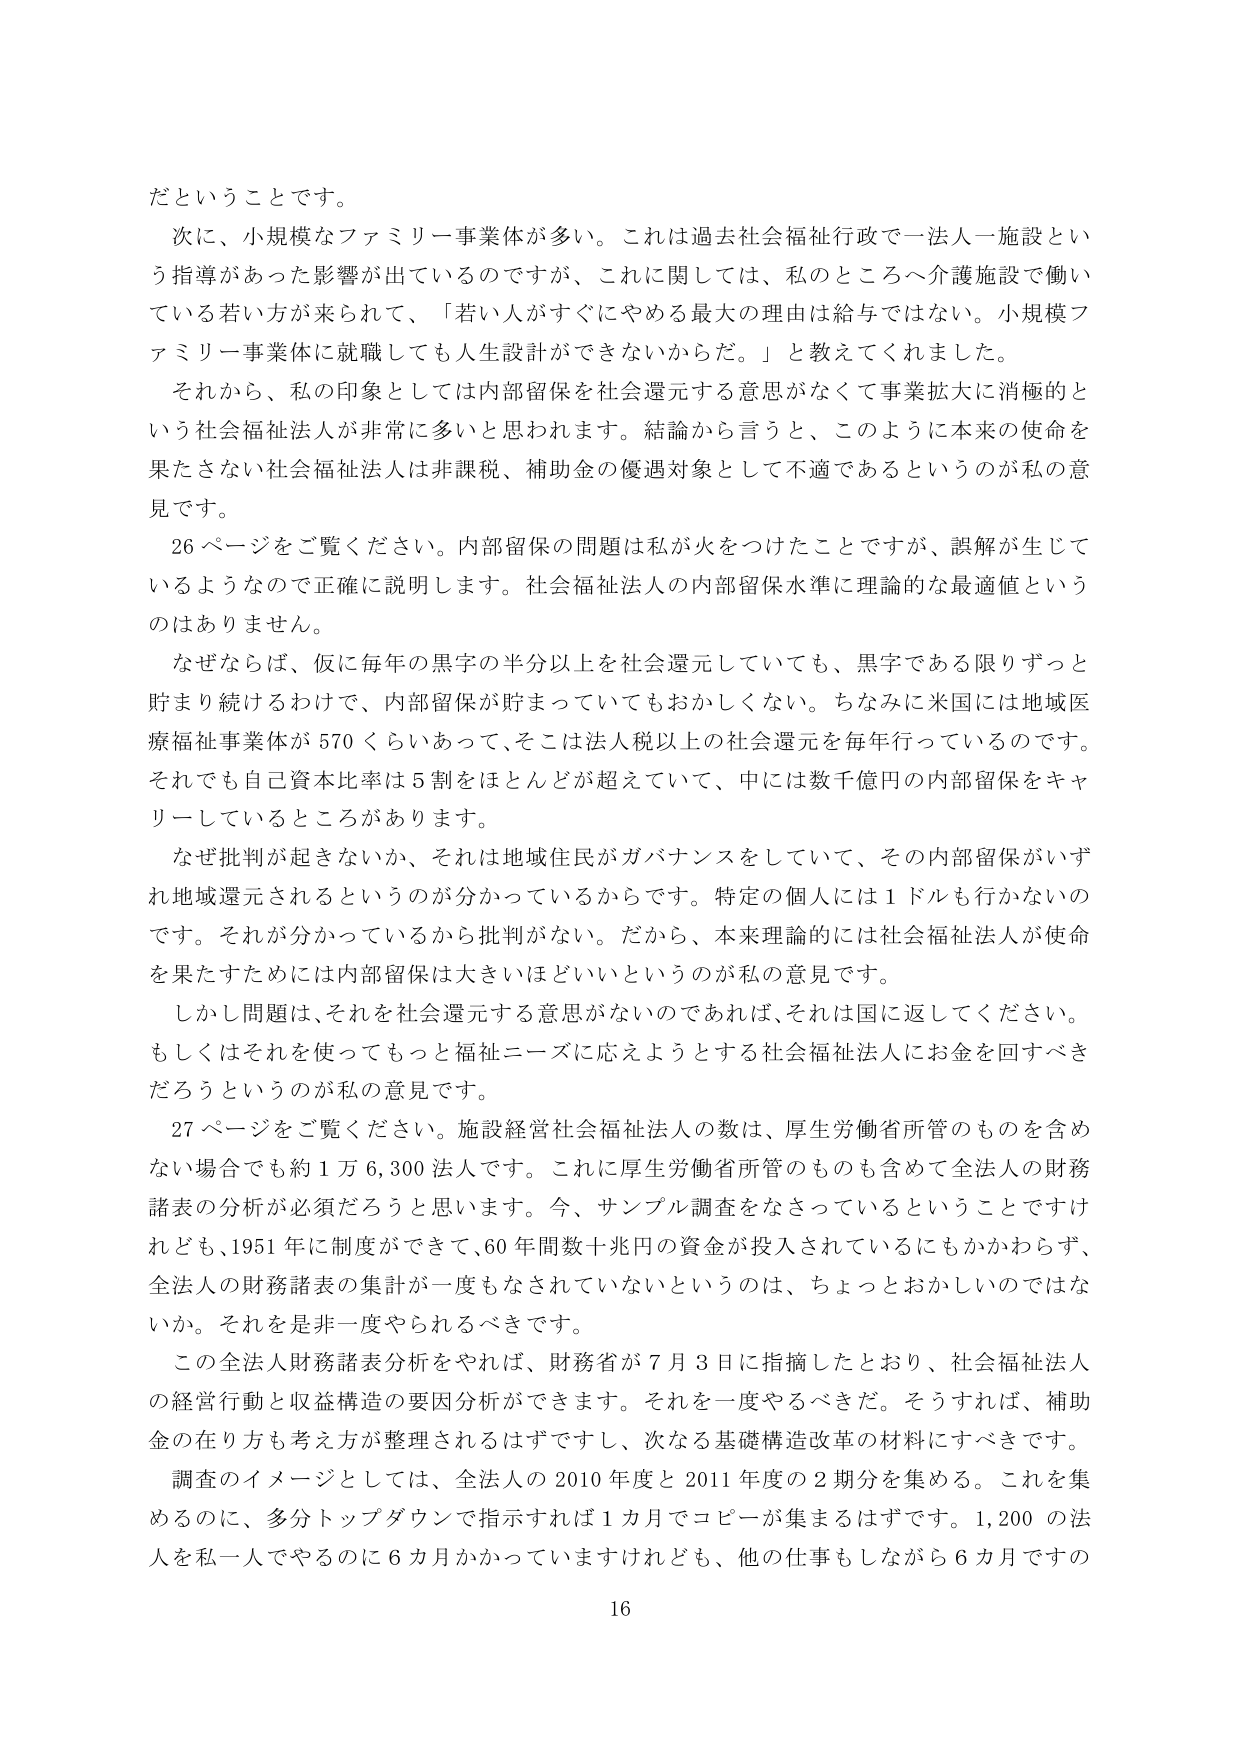
だということです。

次に、小規模なファミリー事業体が多い。これは過去社会福祉行政で一法人一施設という指導があった影響が出ているのですが、これに関しては、私のところへ介護施設で働いている若い方が来られて、「若い人がすぐにやめる最大の理由は給与ではない。小規模ファミリー事業体に就職しても人生設計ができないからだ。」と教えてくれました。

それから、私の印象としては内部留保を社会還元する意思がなくて事業拡大に消極的という社会福祉法人が非常に多いと思われます。結論から言うと、このように本来の使命を果たさない社会福祉法人は非課税、補助金の優遇対象として不適であるというのが私の意見です。

26ページをご覧ください。内部留保の問題は私が火をつけたことですが、誤解が生じているようなので正確に説明します。社会福祉法人の内部留保水準に理論的な最適値というのはありません。

なぜならば、仮に毎年の黒字の半分以上を社会還元していても、黒字である限りずっと貯まり続けるわけで、内部留保が貯まっていてもおかしくない。ちなみに米国には地域医療福祉事業体が570くらいあって、そこは法人税以上の社会還元を毎年行っているのです。それでも自己資本比率は5割をほとんどが超えていて、中には数千億円の内部留保をキャリーしているところがあります。

なぜ批判が起きないか、それは地域住民がガバナンスをしていて、その内部留保がいずれ地域還元されるというのが分かっているからです。特定の個人には1ドルも行かないのです。それが分かっているから批判がない。だから、本来理論的には社会福祉法人が使命を果たすためには内部留保は大きいほどいいというのが私の意見です。

しかし問題は、それを社会還元する意思がないのであれば、それは国に返してください。もしくはそれを使ってもっと福祉ニーズに応えようとする社会福祉法人にお金を回すべきだろうというのが私の意見です。

27ページをご覧ください。施設経営社会福祉法人の数は、厚生労働省所管のものを含めない場合でも約1万6,300法人です。これに厚生労働省所管のものも含めて全法人の財務諸表の分析が必須だろうと思います。今、サンプル調査をなさっているということですけれども、1951年に制度ができて、60年間数十兆円の資金が投入されているにもかかわらず、全法人の財務諸表の集計が一度もなされていないというのは、ちょっとおかしいのではないか。それを是非一度やられるべきです。

この全法人財務諸表分析をやれば、財務省が7月3日に指摘したとおり、社会福祉法人の経営行動と収益構造の要因分析ができます。それを一度やるべきだ。そうすれば、補助金の在り方も考え方が整理されるはずですし、次なる基礎構造改革の材料にすべきです。

調査のイメージとしては、全法人の2010年度と2011年度の2期分を集める。これを集めるのに、多分トップダウンで指示すれば1か月でコピーが集まるはずです。1,200の法人を私一人でやるのに6か月かかっていますけれども、他の仕事もしながら6か月ですの

16